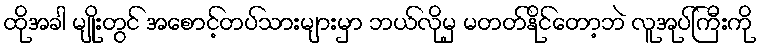
ထိုအခါ မျိုးတွင် အစောင့်တပ်သားများမှာ ဘယ်လိုမှ မတတ်နိုင်တော့ဘဲ လူအုပ်ကြီးကို